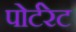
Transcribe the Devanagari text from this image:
पोर्टरेट